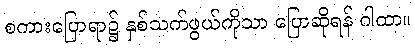
စကားပြောရာ၌ နှစ်သက်ဖွယ်ကိုသာ ပြောဆိုရန် ဂါထာ။